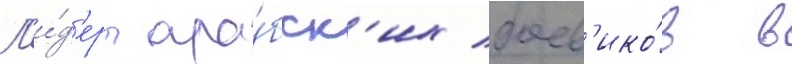
Л'и́д'еры ара́бск'их боев'ико́в в